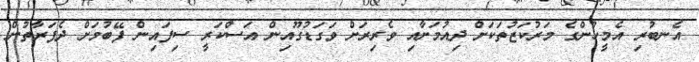
އެނބުރި އެމީހުންގެ މަރުކަޒުތަކަށް ދިއުމަށާއި ވެރިރަށް ވަގަޑުގޫއިން އަސްކަރީ ސިފައިން ފޭބުމަށް ދެފަރާތުން